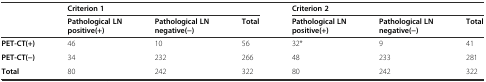
<table><thead><tr><td></td><td colspan="3"><b>Criterion 1</b></td><td colspan="3"><b>Criterion 2</b></td></tr><tr><td></td><td><b>Pathological LN positive(+)</b></td><td><b>Pathological LN negative(−)</b></td><td><b>Total</b></td><td><b>Pathological LN positive(+)</b></td><td><b>Pathological LN negative(−)</b></td><td><b>Total</b></td></tr></thead><tbody><tr><td><b>PET-CT(+)</b></td><td>46</td><td>10</td><td>56</td><td>32*</td><td>9</td><td>41</td></tr><tr><td><b>PET-CT(−)</b></td><td>34</td><td>232</td><td>266</td><td>48</td><td>233</td><td>281</td></tr><tr><td><b>Total</b></td><td>80</td><td>242</td><td>322</td><td>80</td><td>242</td><td>322</td></tr></tbody></table>